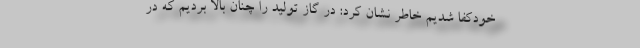
خودکفا شدیم خاطر نشان کرد: در گاز تولید را چنان بالا بردیم که در